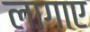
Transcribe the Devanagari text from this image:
लागाए